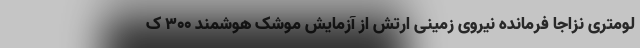
لومتری نزاجا فرمانده نیروی زمینی ارتش از آزمایش موشک هوشمند ۳۰۰ ک